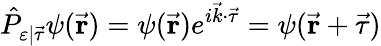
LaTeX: {\hat{P}}_{\varepsilon|{\vec{\tau}}}\psi({\vec{\mathbf{r}}})=\psi({\vec{\mathbf{r}}})e^{i{\vec{k}}\cdot{\vec{\tau}}}=\psi({\vec{\mathbf{r}}}+{\vec{\mathbf{\tau}}})